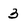
Character: 3